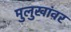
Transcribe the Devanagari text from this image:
मुलुखांवर